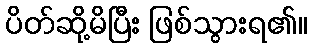
ပိတ်ဆို့မိပြီး ဖြစ်သွားရ၏။